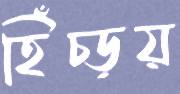
হিঁচ্‌ড়য়